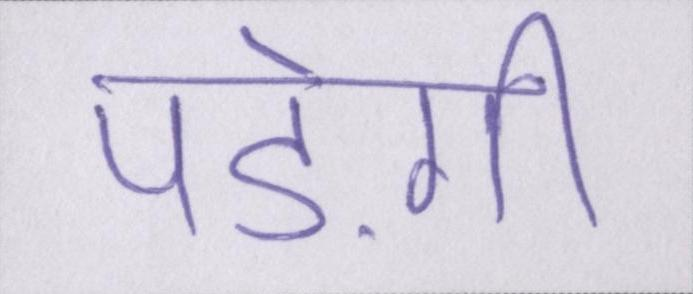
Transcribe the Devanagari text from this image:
पड़ेगी